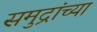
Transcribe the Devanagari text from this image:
समुद्रांच्या